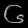
Digit: ၆